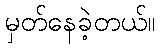
မှတ်နေခဲ့တယ်။